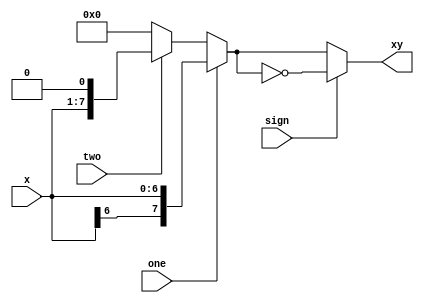
module selector(
    input [6:0] x,
    input sign, one, two,
    output [7:0] xy
);

    wire [7:0] extended_x = $signed(x);
    wire [7:0] shifted_x = x << 1;
    wire [7:0] mid = one ? extended_x : two ? shifted_x : 8'b0;
    assign xy = sign ? ~mid : mid;

endmodule